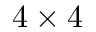
4 \times 4